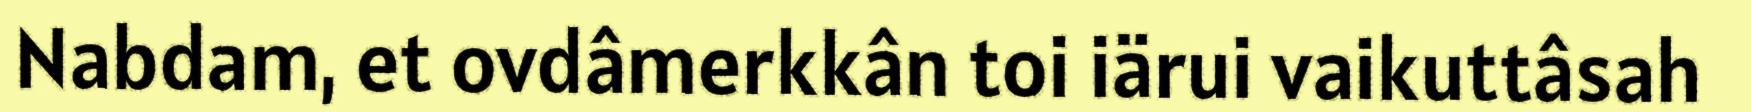
Nabdam, et ovdâmerkkân toi iärui vaikuttâsah